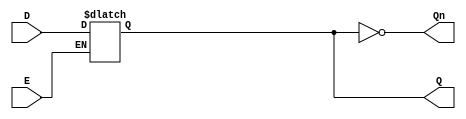
module GatedDLatch (
    input wire D,      // Data Input
    input wire E,      // Enable Signal
    output reg Q,      // Output
    output wire Qn     // Complement of Q
);

// Complement of Q
assign Qn = ~Q;

// Process to capture the input D when E is HIGH
always @(E or D) begin
    if (E) begin
        Q <= D;  // Capture D when E is HIGH
    end
    // When E is LOW, Q retains its previous value (hold state)
end

endmodule